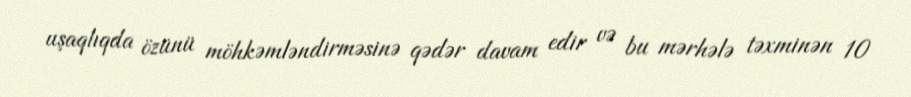
uşaqlıqda özünü möhkəmləndirməsinə qədər davam edir və bu mərhələ təxminən 10